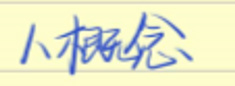
1、概念